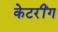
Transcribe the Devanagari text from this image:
केटरींग